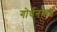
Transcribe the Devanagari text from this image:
गोर्धनभाई